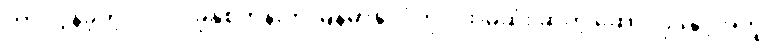
ဟာ လွန်ခဲ့တဲ့ ၂၀၁၆ ခုနှစ်တုန်းက မြန်မာနိုင်ငံကို ပထမဆုံး ဆိုတဲ့ ဆောင်ပုဒ်နှင့်အတူ